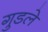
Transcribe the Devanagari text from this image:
गुडले